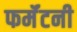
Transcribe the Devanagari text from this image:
फर्मॅटनी